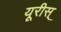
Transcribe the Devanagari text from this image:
यूरीस्